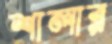
শালার